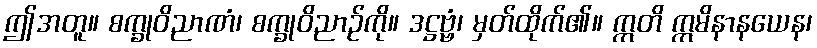
ဤအတူ။ စက္ခုဝိညာဏံ၊ စက္ခုဝိညာဉ်ကို။ ဒဋ္ဌဗ္ဗံ၊ မှတ်ထိုက်၏။ ဣတိ ဣမိနာနယေန၊